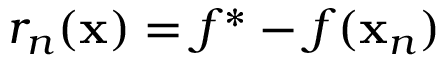
r _ { n } ( \mathbf { x } ) = f ^ { * } - f ( \mathbf { x } _ { n } )